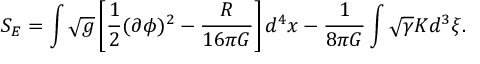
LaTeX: S _ { E } = \int \sqrt { g } \left[ { \frac { 1 } { 2 } } ( \partial \phi ) ^ { 2 } - { \frac { \cal R } { 1 6 \pi G } } \right] d ^ { 4 } x - { \frac { 1 } { 8 \pi G } } \int \sqrt { \gamma } K d ^ { 3 } \xi .